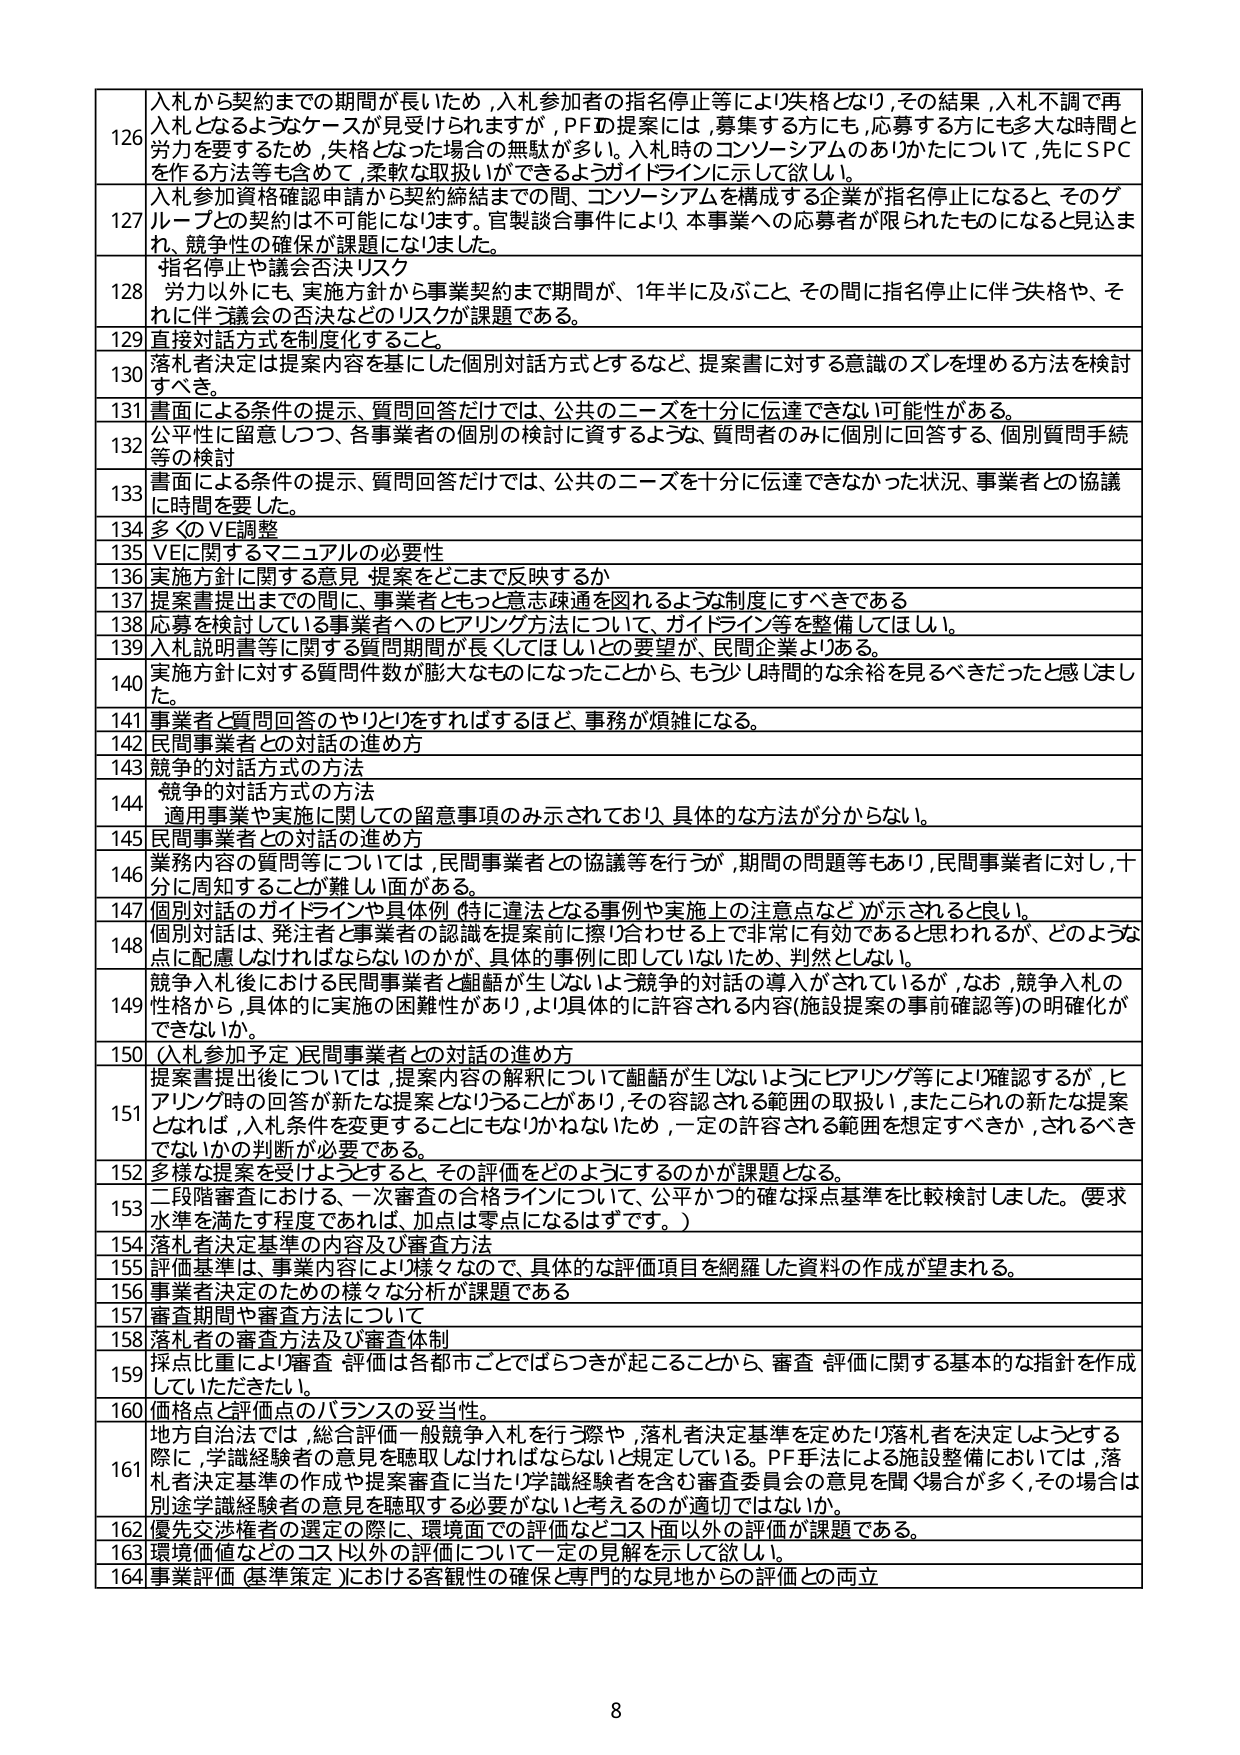
126 入札から契約までの期間が長いため,入札参加者の指名停止等により失格となり,その結果,入札不調で再入札となるようなケースが見受けられますが,PFの提案には,募集する方にも,応募する方にも多大な時間と労力を要するため,失格となった場合の無駄が多い。入札時のコンソーシアムのありかたについて,先にSPCを作る方法等も含めて,柔軟な取扱いができるようガイドラインに示して欲しい。

127 入札参加資格確認申請から契約締結までの間,コンソーシアムを構成する企業が指名停止になると,そのグループの契約は不可能になり得る。官製談合事件により,本事業への応募者が限られたものになると見込まれ,競争性の確保が課題になりました。

128 指名停止や議会否決リスク
労力以外にも,実施方針から事業契約まで期間が,1年半に及ぶこと,その間に指名停止に伴う失格や,それに伴う議会の否決などのリスクが課題である。

129 直接対話方式を制度化すること。

130 落札者決定は提案内容を基にした個別対話方式とするなど,提案書に対する意識のズレを埋める方法を検討すべき。

131 書面による条件の提示,質問回答だけでは,公共のニーズを十分に伝達できない可能性がある。

132 公平性に留意しつつ,各事業者の個別の検討に資するような,質問者のみに個別に回答する,個別質問手続等の検討

133 書面による条件の提示,質問回答だけでは,公共のニーズを十分に伝達できなかった状況,事業者との協議に時間を要した。

134 多くのVE調整

135 VEに関するマニュアルの必要性

136 実施方針に関する意見,提案をどこまで反映するか

137 提案書提出までの間に,事業者ともっと意志疎通を図れるような制度にすべきである

138 応募を検討している事業者へのヒアリング方法について,ガイドライン等を整備してほしい。

139 入札説明書等に関する質問期間が長くてほしいとの要望が,民間企業よりある。

140 実施方針に対する質問件数が膨大なものになったことから,もう少し時間的な余裕を見るべきだったと感じました。

141 事業者と質問回答のやりとりをすればするほど,事務が煩雑になる。

142 民間事業者との対話の進め方

143 競争的対話方式の方法

144 競争的対話方式の方法
適用事業や実施に関しての留意事項のみ示されており,具体的な方法が分からない。

145 民間事業者との対話の進め方

146 業務内容の質問等については,民間事業者との協議等を行うが,期間の問題等もあり,民間事業者に対し,十分に周知することが難しい面がある。

147 個別対話のガイドラインや具体例(特に違法となる事例や実施上の注意点など)が示されると良い。

148 個別対話は,発注者と事業者の認識を提案前に擦り合わせる上で非常に有効であると思われるが,どのような点に配慮しなければならないのかが,具体的な事例に即していないため,判断としない。

149 競争入札後における民間事業者と齟齬が生じないよう競争的対話の導入がされているが,なお,競争入札の性格から,具体的に実施の困難性があり,より具体的に許容される内容(施設提案の事前確認等)の明確化ができないか。

150 (入札参加予定)民間事業者との対話の進め方

151 提案書提出後については,提案内容の解釈について齟齬が生じないようにヒアリング等により確認するが,ヒアリング時の回答が新たな提案となりうることがあり,その容認される範囲の取扱い,またこれらの新たな提案となれば,入札条件を変更することにもなりかねないため,一定の許容される範囲を想定すべきか,されるべきでないかの判断が必要である。

152 多様な提案を受けようとする,その評価をどのようにするのかが課題となる。

153 二段階審査における,一次審査の合格ラインについて,公平かつ確かな採点基準を比較検討しました。(要求水準を満たす程度であれば,加点は零点になるはずです。)

154 落札者決定基準の内容及び審査方法

155 評価基準は,事業内容により様々なので,具体的な評価項目を網羅した資料の作成が望まれる。

156 事業者決定のための様々な分析が課題である

157 審査期間や審査方法について

158 落札者の審査方法及び審査体制

159 採点比重により審査,評価は各都市ごとでばらつきが起こることから,審査,評価に関する基本的な指針を作成していただきたい。

160 地方自治法では,総合評価一般競争入札を行う際や,落札者決定基準を定めたり落札者を決定しようとする際に,学識経験者の意見を聴取しなければならないと規定している。PF手法による施設整備においては,落札者決定基準の作成や提案審査に当たり学識経験者を含む審査委員会の意見を聞く場合が多く,その場合は別途学識経験者の意見を聴取する必要がないと考えるのが適切ではないか。

161 優先交渉権者の選定の際,環境面での評価などコスト面以外の評価が課題である。

162 環境価値などのコスト以外の評価について一定の見解を示して欲しい。

163 事業評価(基準策定)における客観性の確保と専門的な見地からの評価との両立

8